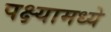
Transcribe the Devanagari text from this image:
पक्ष्यामध्ये